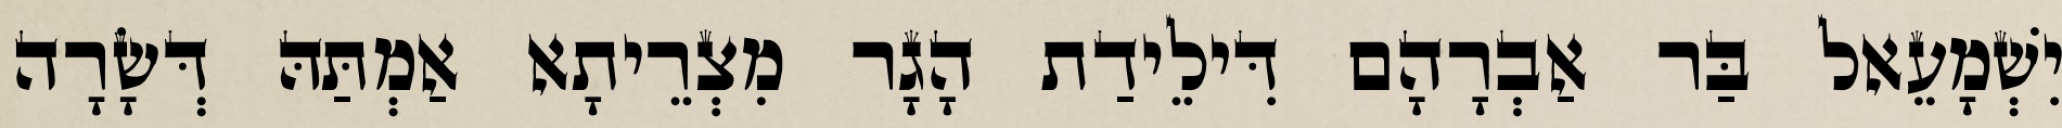
יִשְׁמָעֵאל בַּר אַבְרָהָם דִּילֵידַת הָגָר מִצְרֵיתָא אַמְתַּהּ דְּשָׂרָה